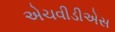
એચવીડીએસ